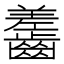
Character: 齹